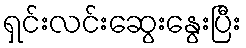
ရှင်းလင်းဆွေးနွေးပြီး